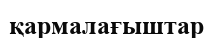
қармалағыштар